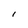
Character: I